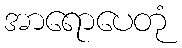
အာရောပေတုံ